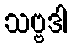
သဗ္ဗဒါ